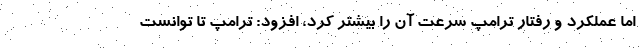
اما عملکرد و رفتار ترامپ سرعت آن را بیشتر کرد، افزود: ترامپ تا توانست